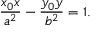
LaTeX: { \frac { x _ { 0 } x } { a ^ { 2 } } } - { \frac { y _ { 0 } y } { b ^ { 2 } } } = 1 .